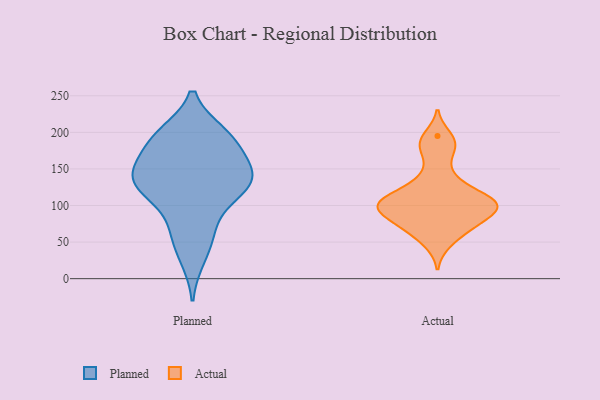
{"axis": {"x": "Humidity (%)", "y": "Value"}, "legend": ["Actual", "Planned"], "data": [{"x": "", "y": 65, "type": "Planned"}, {"x": "", "y": 194, "type": "Planned"}, {"x": "", "y": 132, "type": "Planned"}, {"x": "", "y": 123, "type": "Planned"}, {"x": "", "y": 145, "type": "Planned"}, {"x": "", "y": 118, "type": "Planned"}, {"x": "", "y": 169, "type": "Planned"}, {"x": "", "y": 63, "type": "Planned"}, {"x": "", "y": 28, "type": "Planned"}, {"x": "", "y": 141, "type": "Planned"}, {"x": "", "y": 198, "type": "Planned"}, {"x": "", "y": 143, "type": "Planned"}, {"x": "", "y": 143, "type": "Planned"}, {"x": "", "y": 109, "type": "Planned"}, {"x": "", "y": 186, "type": "Planned"}, {"x": "", "y": 197, "type": "Planned"}, {"x": "", "y": 108, "type": "Actual"}, {"x": "", "y": 100, "type": "Actual"}, {"x": "", "y": 96, "type": "Actual"}, {"x": "", "y": 101, "type": "Actual"}, {"x": "", "y": 100, "type": "Actual"}, {"x": "", "y": 68, "type": "Actual"}, {"x": "", "y": 128, "type": "Actual"}, {"x": "", "y": 113, "type": "Actual"}, {"x": "", "y": 143, "type": "Actual"}, {"x": "", "y": 174, "type": "Actual"}, {"x": "", "y": 111, "type": "Actual"}, {"x": "", "y": 195, "type": "Actual"}, {"x": "", "y": 88, "type": "Actual"}, {"x": "", "y": 73, "type": "Actual"}, {"x": "", "y": 91, "type": "Actual"}, {"x": "", "y": 184, "type": "Actual"}, {"x": "", "y": 48, "type": "Actual"}, {"x": "", "y": 71, "type": "Actual"}]}